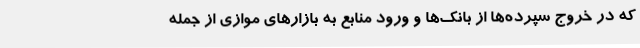
که در خروج سپرده‌ها از بانک‌ها و ورود منابع به بازارهای موازی از جمله